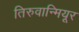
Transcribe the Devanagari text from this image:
तिरुवान्मियूर